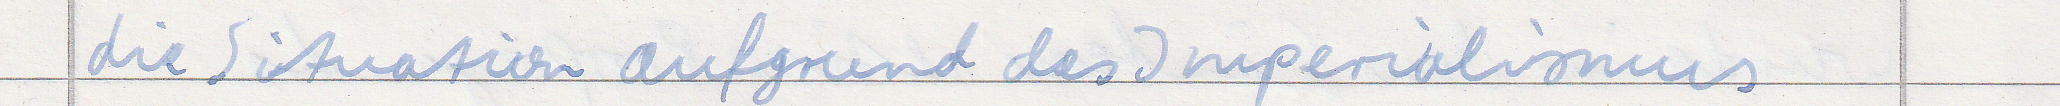
die Situation aufgrund des Imperialismus